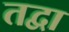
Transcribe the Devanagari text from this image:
तद्वा